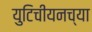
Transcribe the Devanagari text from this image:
युटिचीयनच्या